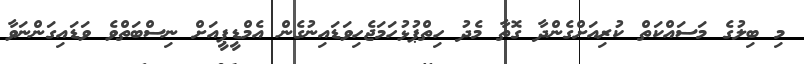
މި ބިލުގެ މަސައްކަތް ކުރިއަށްގެންދާ ގޮތާ މެދު ހިތްޕުޅުހަމަޖެހިވަޑައިނުގެން އެމްޑީޕީއަށް ނިސްބަތްވެ ވަޑައިގަންނަވާ